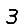
Digit: 3